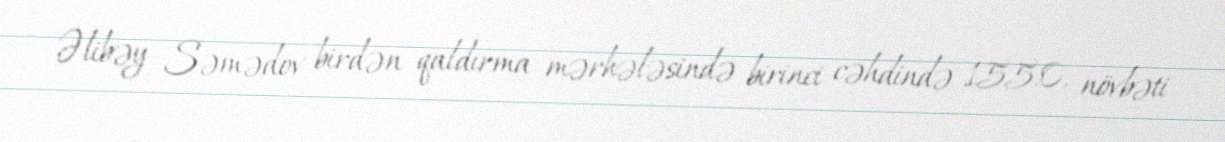
Əlibəy Səmədov birdən qaldırma mərhələsində birinci cəhdində 155.0, növbəti